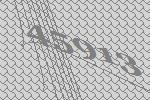
45913